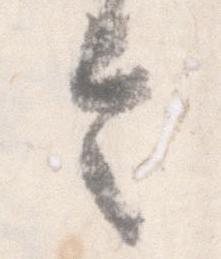
令